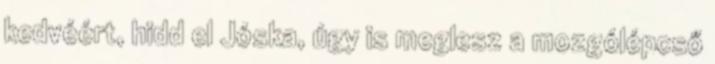
kedvéért, hidd el Jóska, úgy is meglesz a mozgólépcső